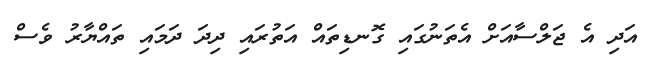
އަދި އެ ޖަލްސާއަށް އެތަނުގައި ގޮނޑިތައް އަތުރައި ދިދަ ދަމައި ތައްޔާރު ވެސް